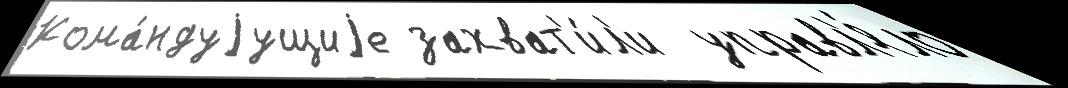
Кома́ндуjущиjе захват'и́л'и  управл'я́ло